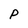
Character: P